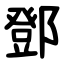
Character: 鄧